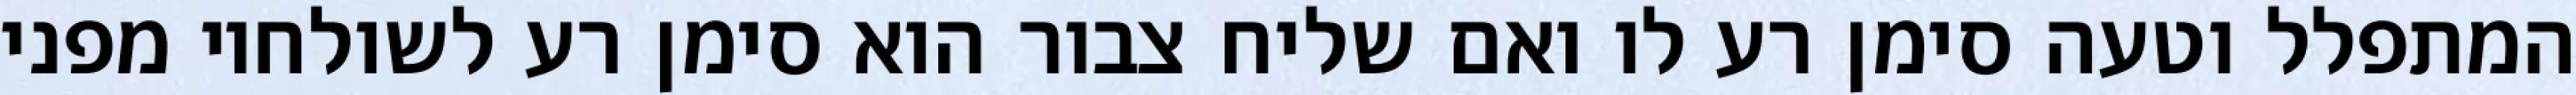
המתפלל וטעה סימן רע לו ואם שליח צבור הוא סימן רע לשולחיו מפני